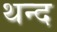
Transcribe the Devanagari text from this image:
थन्द